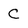
Character: C